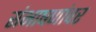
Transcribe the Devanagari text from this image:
संभाषणांवर